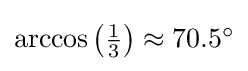
{\textstyle \arccos \left({\frac {1}{3}}\right)\approx 70.5^{\circ }}